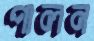
পালন